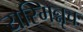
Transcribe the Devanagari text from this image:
यस्मिन्नृचः